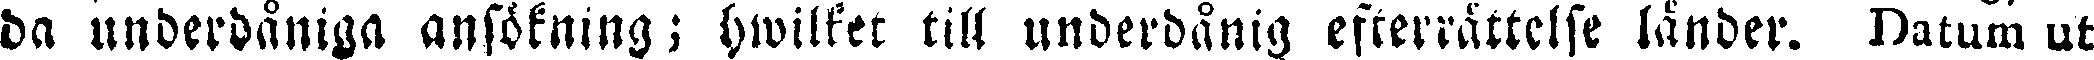
da underdåniga ansökning; hwilket till underdånig efterrättelse länder. Datum ut